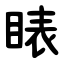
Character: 䁃